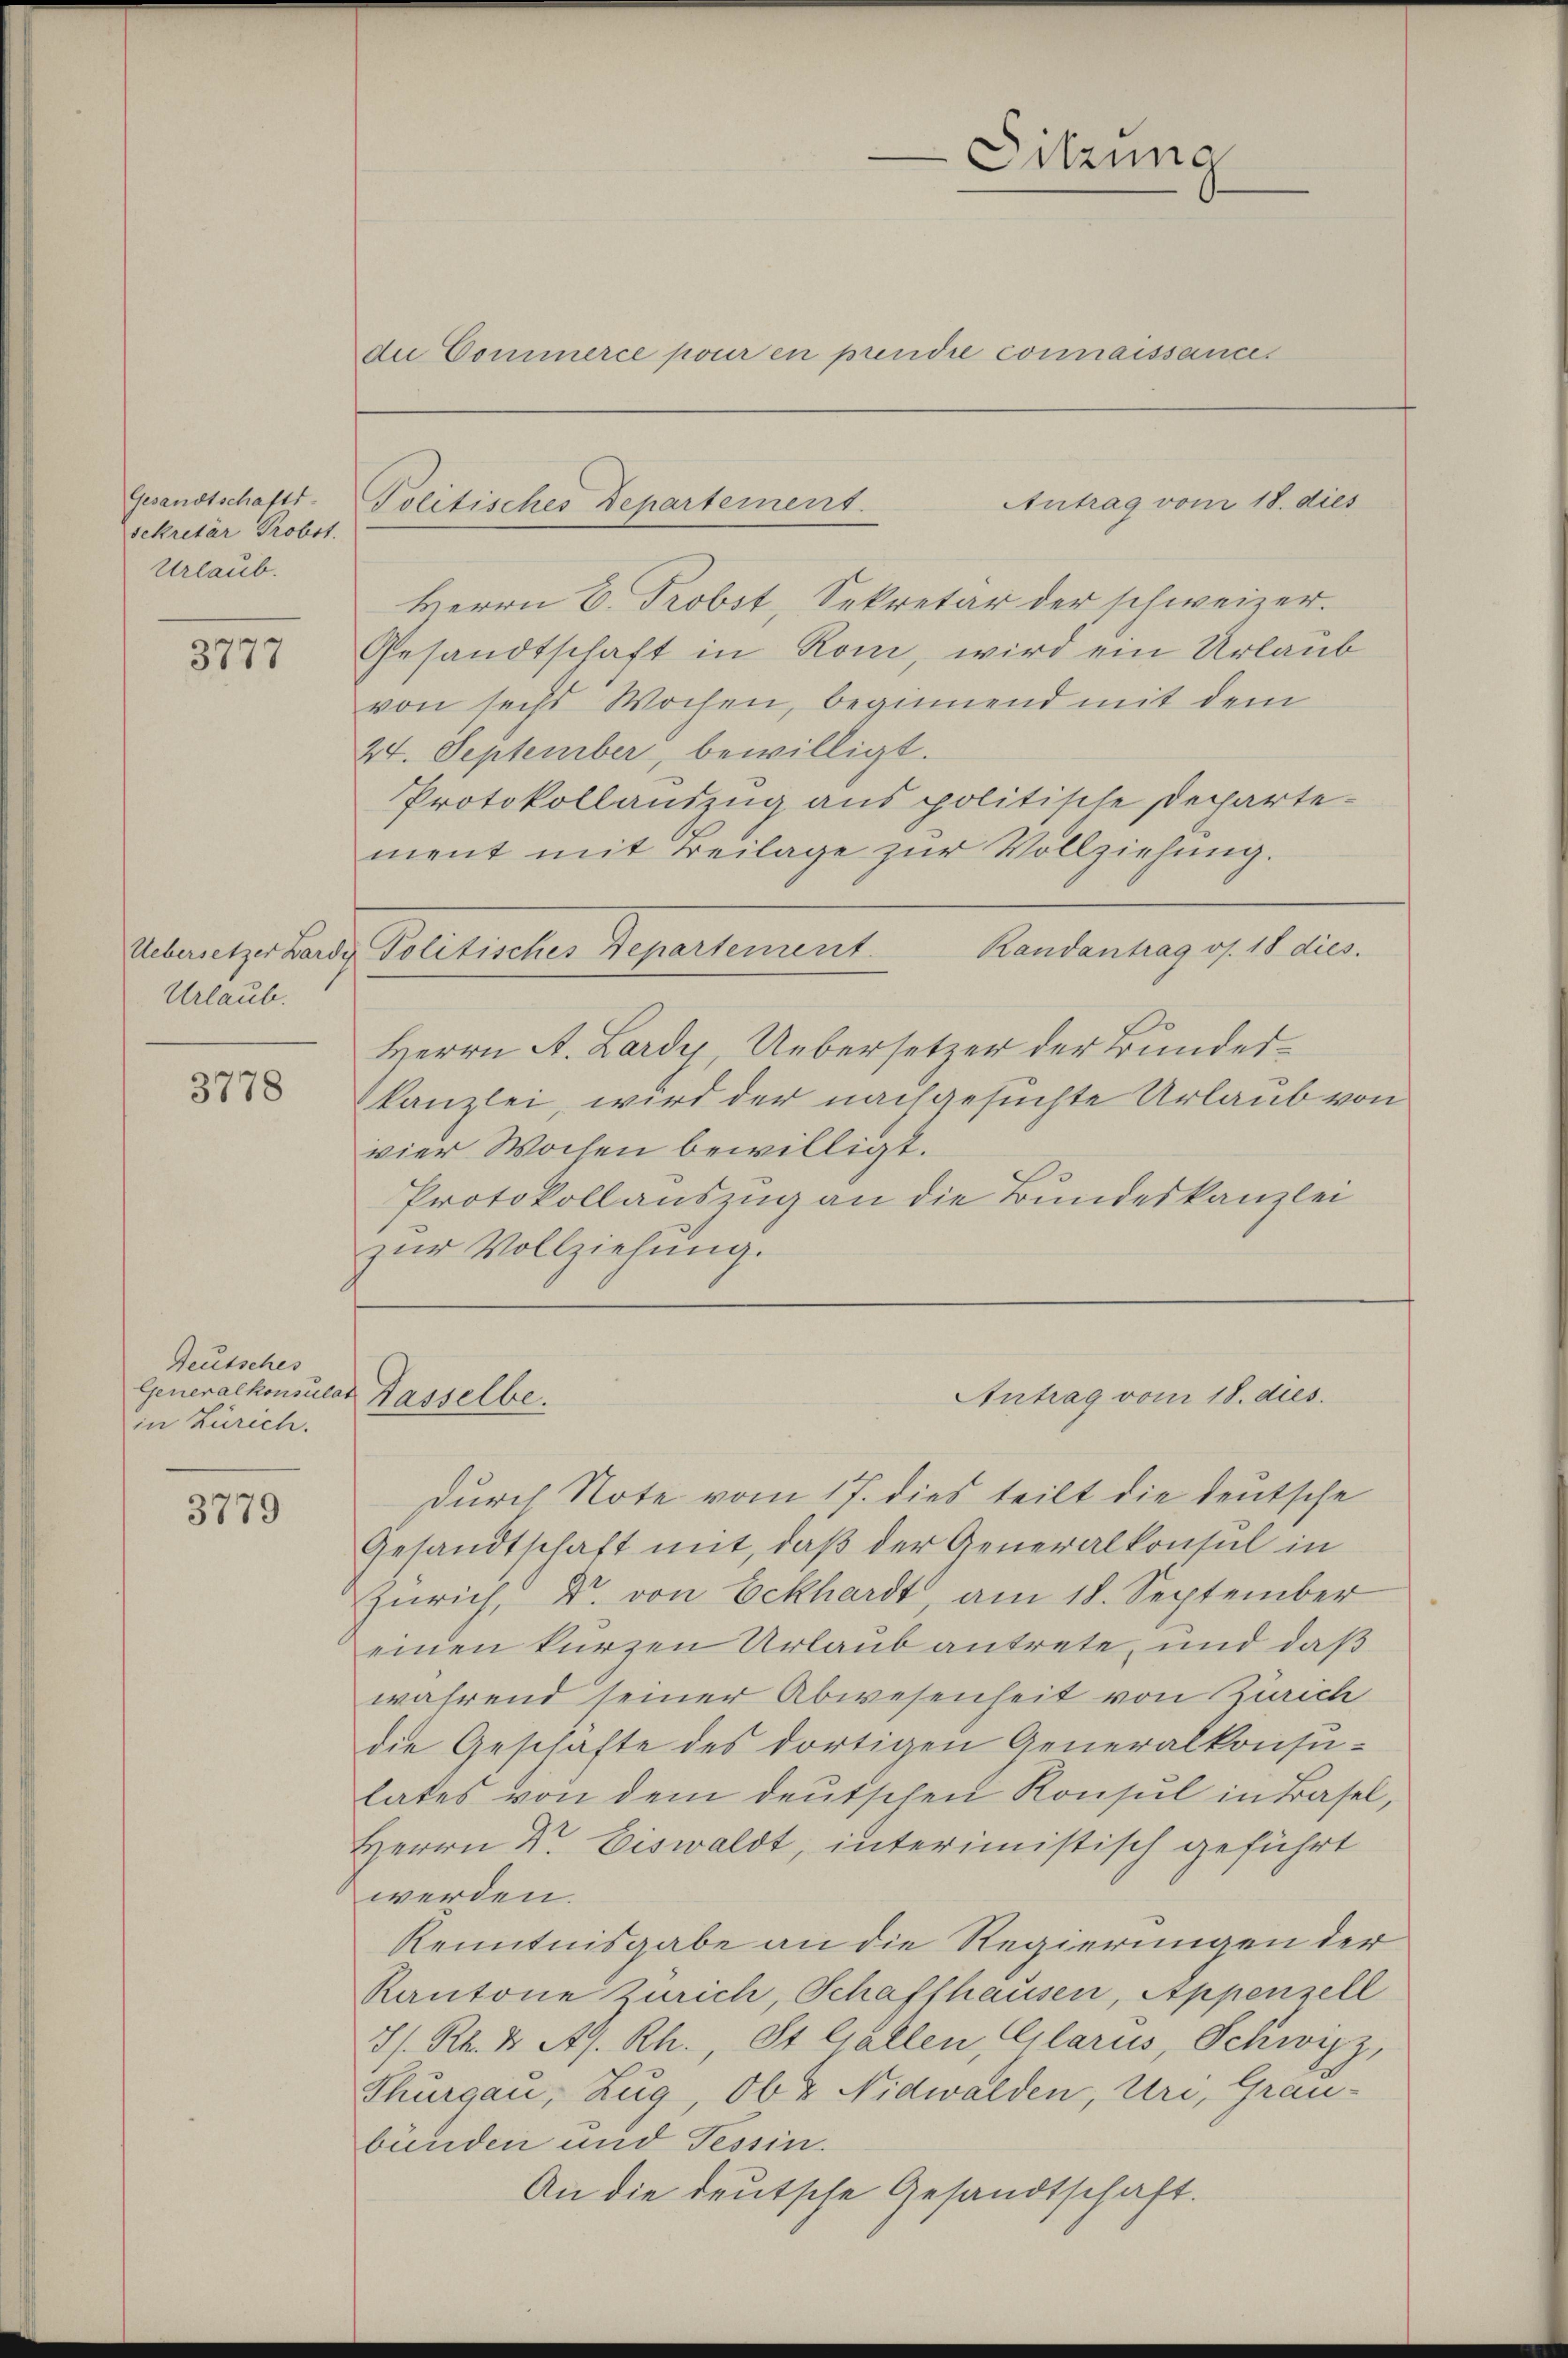
Gesandtschafts-
sekretär Probst.
Urlaub.

3777

Uebersetzer Bardy
Urlaub.

3778

Deutsches
in Zürich.

3779

die Commerce pour en prendie connaissances

Herrn C. Probst, Sekretär der schweizer.
Gesandtschaft in Rom, wird ein Urlaub
von sechs Wochen, beginnend mit dem
24. September, bewilligt.
Protokollandzug aus politische Departement mit Beilage zur Vollziehung.
Randantrag os. 18 dies.
Politisches Departement.
Herrn A. Lardy, Uebersetzer der Bundeskanzlei, wird der nachgesuchte Urlaub von
vier Wochen bewilligt.
Protokollauszug an die Bundeskanzlei
zŭr Vollziehung.

Antrag vom 18. dies
Politisches Departement.

Generalkonsulat Kasselbe.

Sitzung

Antrag vom 18. dies

durch Note vom 17. dies teilt die deutsche
Gesandtschaft mit, daß der Generalkonsul in
Zürich, Dr. von Eckhardt, am 18. September
einen kurzen Urlaub antrete, und daß
während seiner Abwesenheit von Zürich
die Geschäfte des dortigen Generalkonsulates von dem deutschen Konsul in Basel,
Herrn Dr Eiswaldt, interimistisch geführt
werden.
Kenntnisgabe an die Regierungen der
Kantone Zürich, Schafthausen, Appenzell
8/. Rh. 1. A. Rh., St. Gallen Glarus, Schwipz,
Thurgau, Zug, Ob & Nidwalden, Uri, Grau-
bünden und Tessin.
An die deutsche Gesandtschaft.